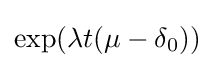
\exp(\lambda t(\mu -\delta _{0}))